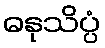
ဓနုသိပ္ပံ